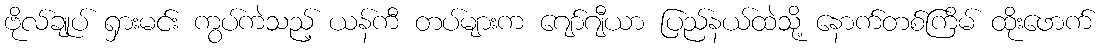
ဗိုလ်ချုပ် ရှားမင်း ကွပ်ကဲသည့် ယန်ကီ တပ်များက ဂျော်ဂျီယာ ပြည်နယ်ထဲသို့ နောက်တစ်ကြိမ် ထိုးဖောက်